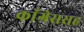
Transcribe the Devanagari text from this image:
काँग्रेससह